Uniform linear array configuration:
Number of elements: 4
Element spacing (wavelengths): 0.5
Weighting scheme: hann
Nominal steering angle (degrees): -30
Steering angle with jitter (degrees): -29.006
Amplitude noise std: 0.05
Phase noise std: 0.05

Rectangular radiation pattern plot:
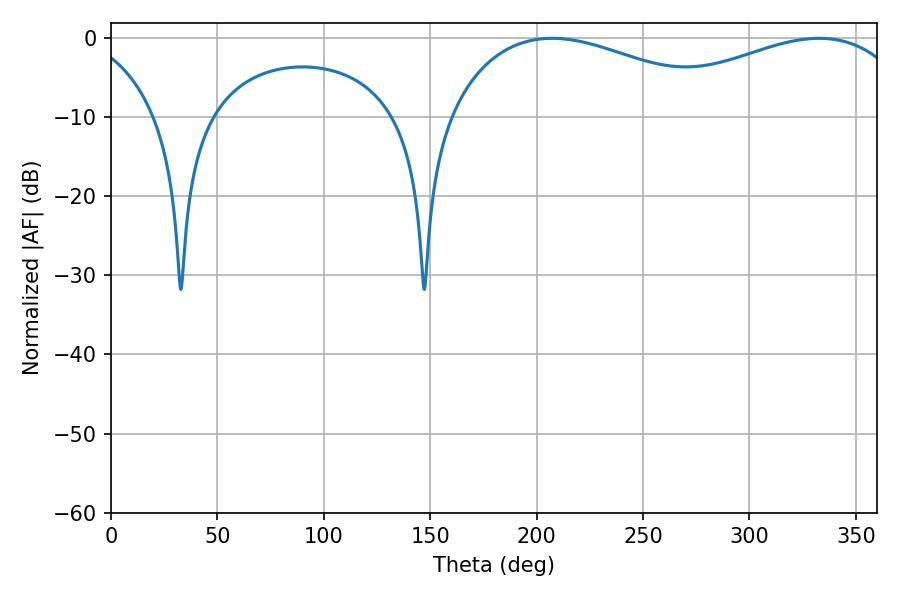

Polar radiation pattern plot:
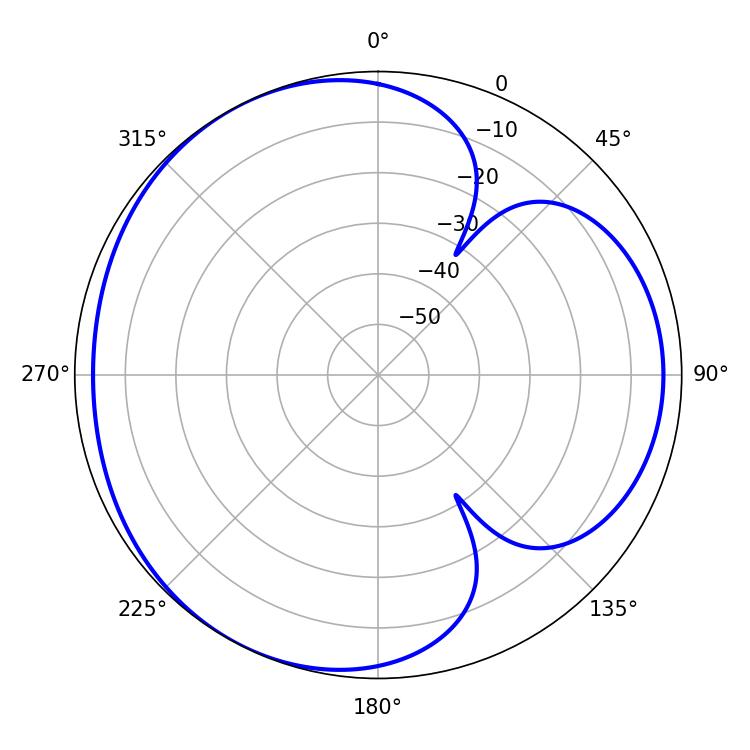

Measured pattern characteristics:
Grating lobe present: FALSE
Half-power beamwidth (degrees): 75.6
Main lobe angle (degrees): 207.18